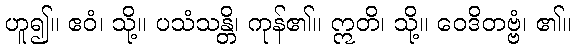
ဟူ၍။ ဧဝံ၊ သို့။ ပသံသန္တိ၊ ကုန်၏။ ဣတိ၊ သို့။ ဝေဒိတဗ္ဗံ၊ ၏။